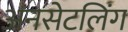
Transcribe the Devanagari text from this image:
अनसेटलिंग